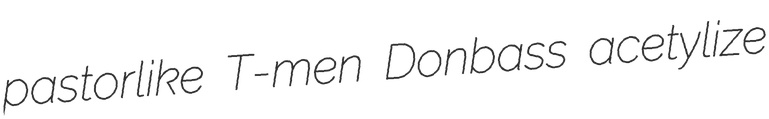
pastorlike T-men Donbass acetylize